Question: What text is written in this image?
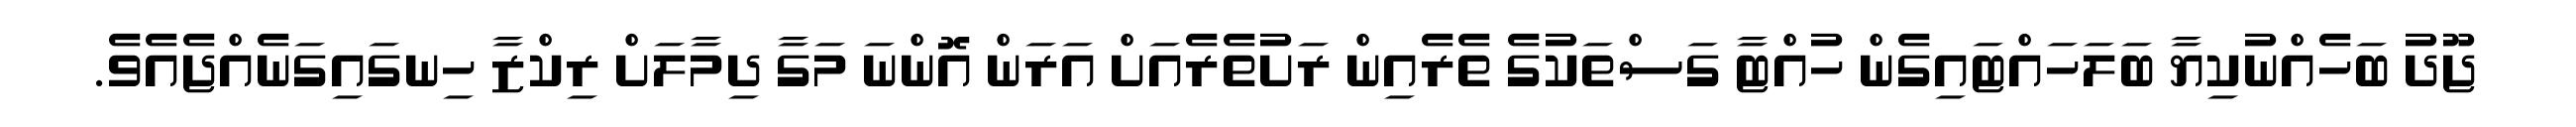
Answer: ޖޫދު ބަހެއްނުކިޔާ ބަލަހައްޓައިގެން ހުއްޓާ ގަސްތަކުގެ ތެރެއިން ރަށުތެރެއަށް އަރަން އޮންނަ މަގާ ދިމާލަށް ރިކްޒާ ހިނގައިގަނެއްޖެއެވެ.